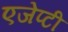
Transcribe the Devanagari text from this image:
एजेप्टी